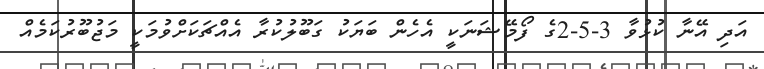
އަދި އޭނާ ކުޅުވާ 3-5-2ގެ ފޯމޭޝަނަކީ އެހެން ބަޔަކު ގަބޫލުކުރާ އެއްޗަކަަށްވުމަކީ މަޖުބޫރުކަމެއް